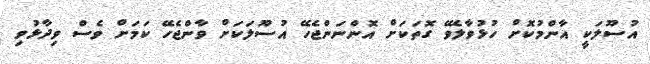
އުސޫލަކީ އާންމުކޮށް ހުޅުވާލެވޭ ގޮތަކަށް އޮންނަންޖެހޭ އުސޫލަކަށް ވާންޖެހޭ ކަމަށް ވެސް ވިދާޅުވި